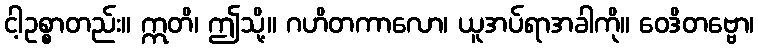
ငါ့ဥစ္စာတည်း။ ဣတိ၊ ဤသို့။ ဂဟိတကာလော၊ ယူအပ်ရာအခါကို။ ဝေဒိတဗ္ဗော၊